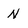
Character: N